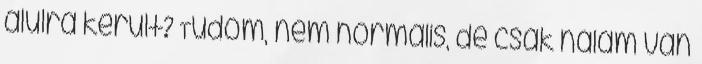
alulra került? Tudom, nem normális, de csak nálam van